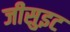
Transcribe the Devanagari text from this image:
जीसुइट